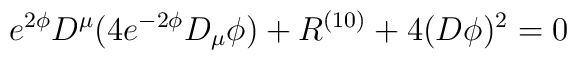
e^{2\phi} D^{\mu}( 4e^{-2\phi} D_{\mu} \phi )+ R^{(10)}+4(D\phi)^2=0